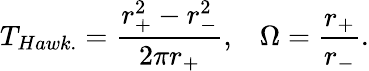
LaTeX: T_{Hawk.}=\frac{r_{+}^{2}-r_{-}^{2}}{2\pi r_{+}},\; \; \; \Omega=\frac{r_{+}}{r_{-}}.